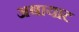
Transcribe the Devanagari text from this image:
अबायाट